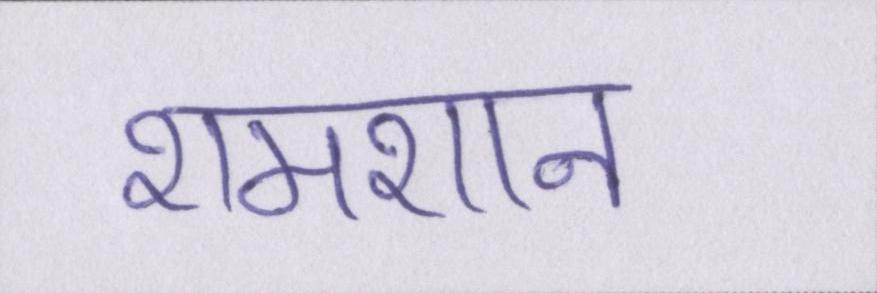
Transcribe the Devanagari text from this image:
शमशान